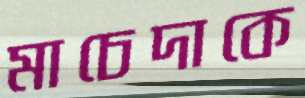
মাচেদাকে